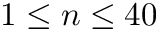
1 \leq n \leq 4 0